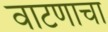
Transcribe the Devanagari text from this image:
वाटणाचा